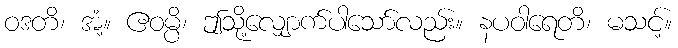
ဝဒတိ၊ အံ့။ ဧဝမ္ပိ၊ ဤသို့လျှောက်ပါသော်လည်း။ နပဝါရေတိ၊ မသင့်။